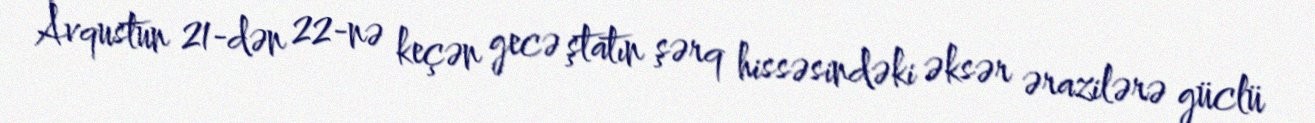
Avqustun 21-dən 22-nə keçən gecə ştatın şərq hissəsindəki əksər ərazilərə güclü